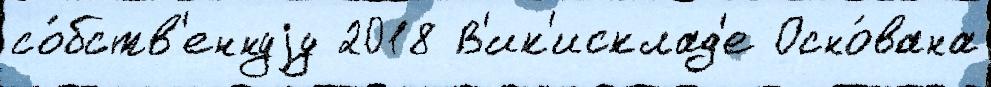
со́бств'еннуjу 2018 В'ик'исклад'е Осно́вана